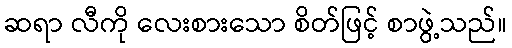
ဆရာ လီကို လေးစားသော စိတ်ဖြင့် စာဖွဲ့သည်။